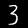
Digit: 3